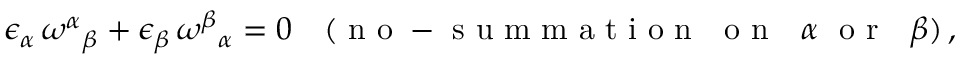
\epsilon _ { \alpha } \, \omega ^ { \alpha } { } _ { \beta } + \epsilon _ { \beta } \, \omega ^ { \beta } { } _ { \alpha } = 0 \quad ( \mathrm { ~ n ~ o ~ - ~ s ~ u ~ m ~ m ~ a ~ t ~ i ~ o ~ n ~ ~ ~ o ~ n ~ ~ ~ } \alpha ~ \mathrm { ~ o ~ r ~ ~ ~ } \beta ) \, ,